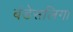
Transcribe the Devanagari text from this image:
बंडेसलिगा